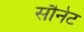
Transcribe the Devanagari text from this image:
सौनेट